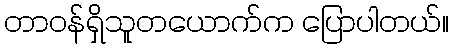
တာဝန်ရှိသူတယောက်က ပြောပါတယ်။